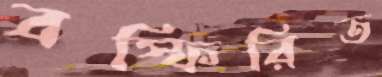
বস্ফিরিত